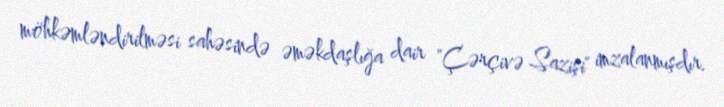
möhkəmləndirilməsi sahəsində əməkdaşlığa dair "Çərçivə Sazişi" imzalanmışdır.